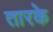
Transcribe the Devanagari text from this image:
तारके